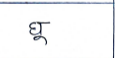
मजकूर: घू